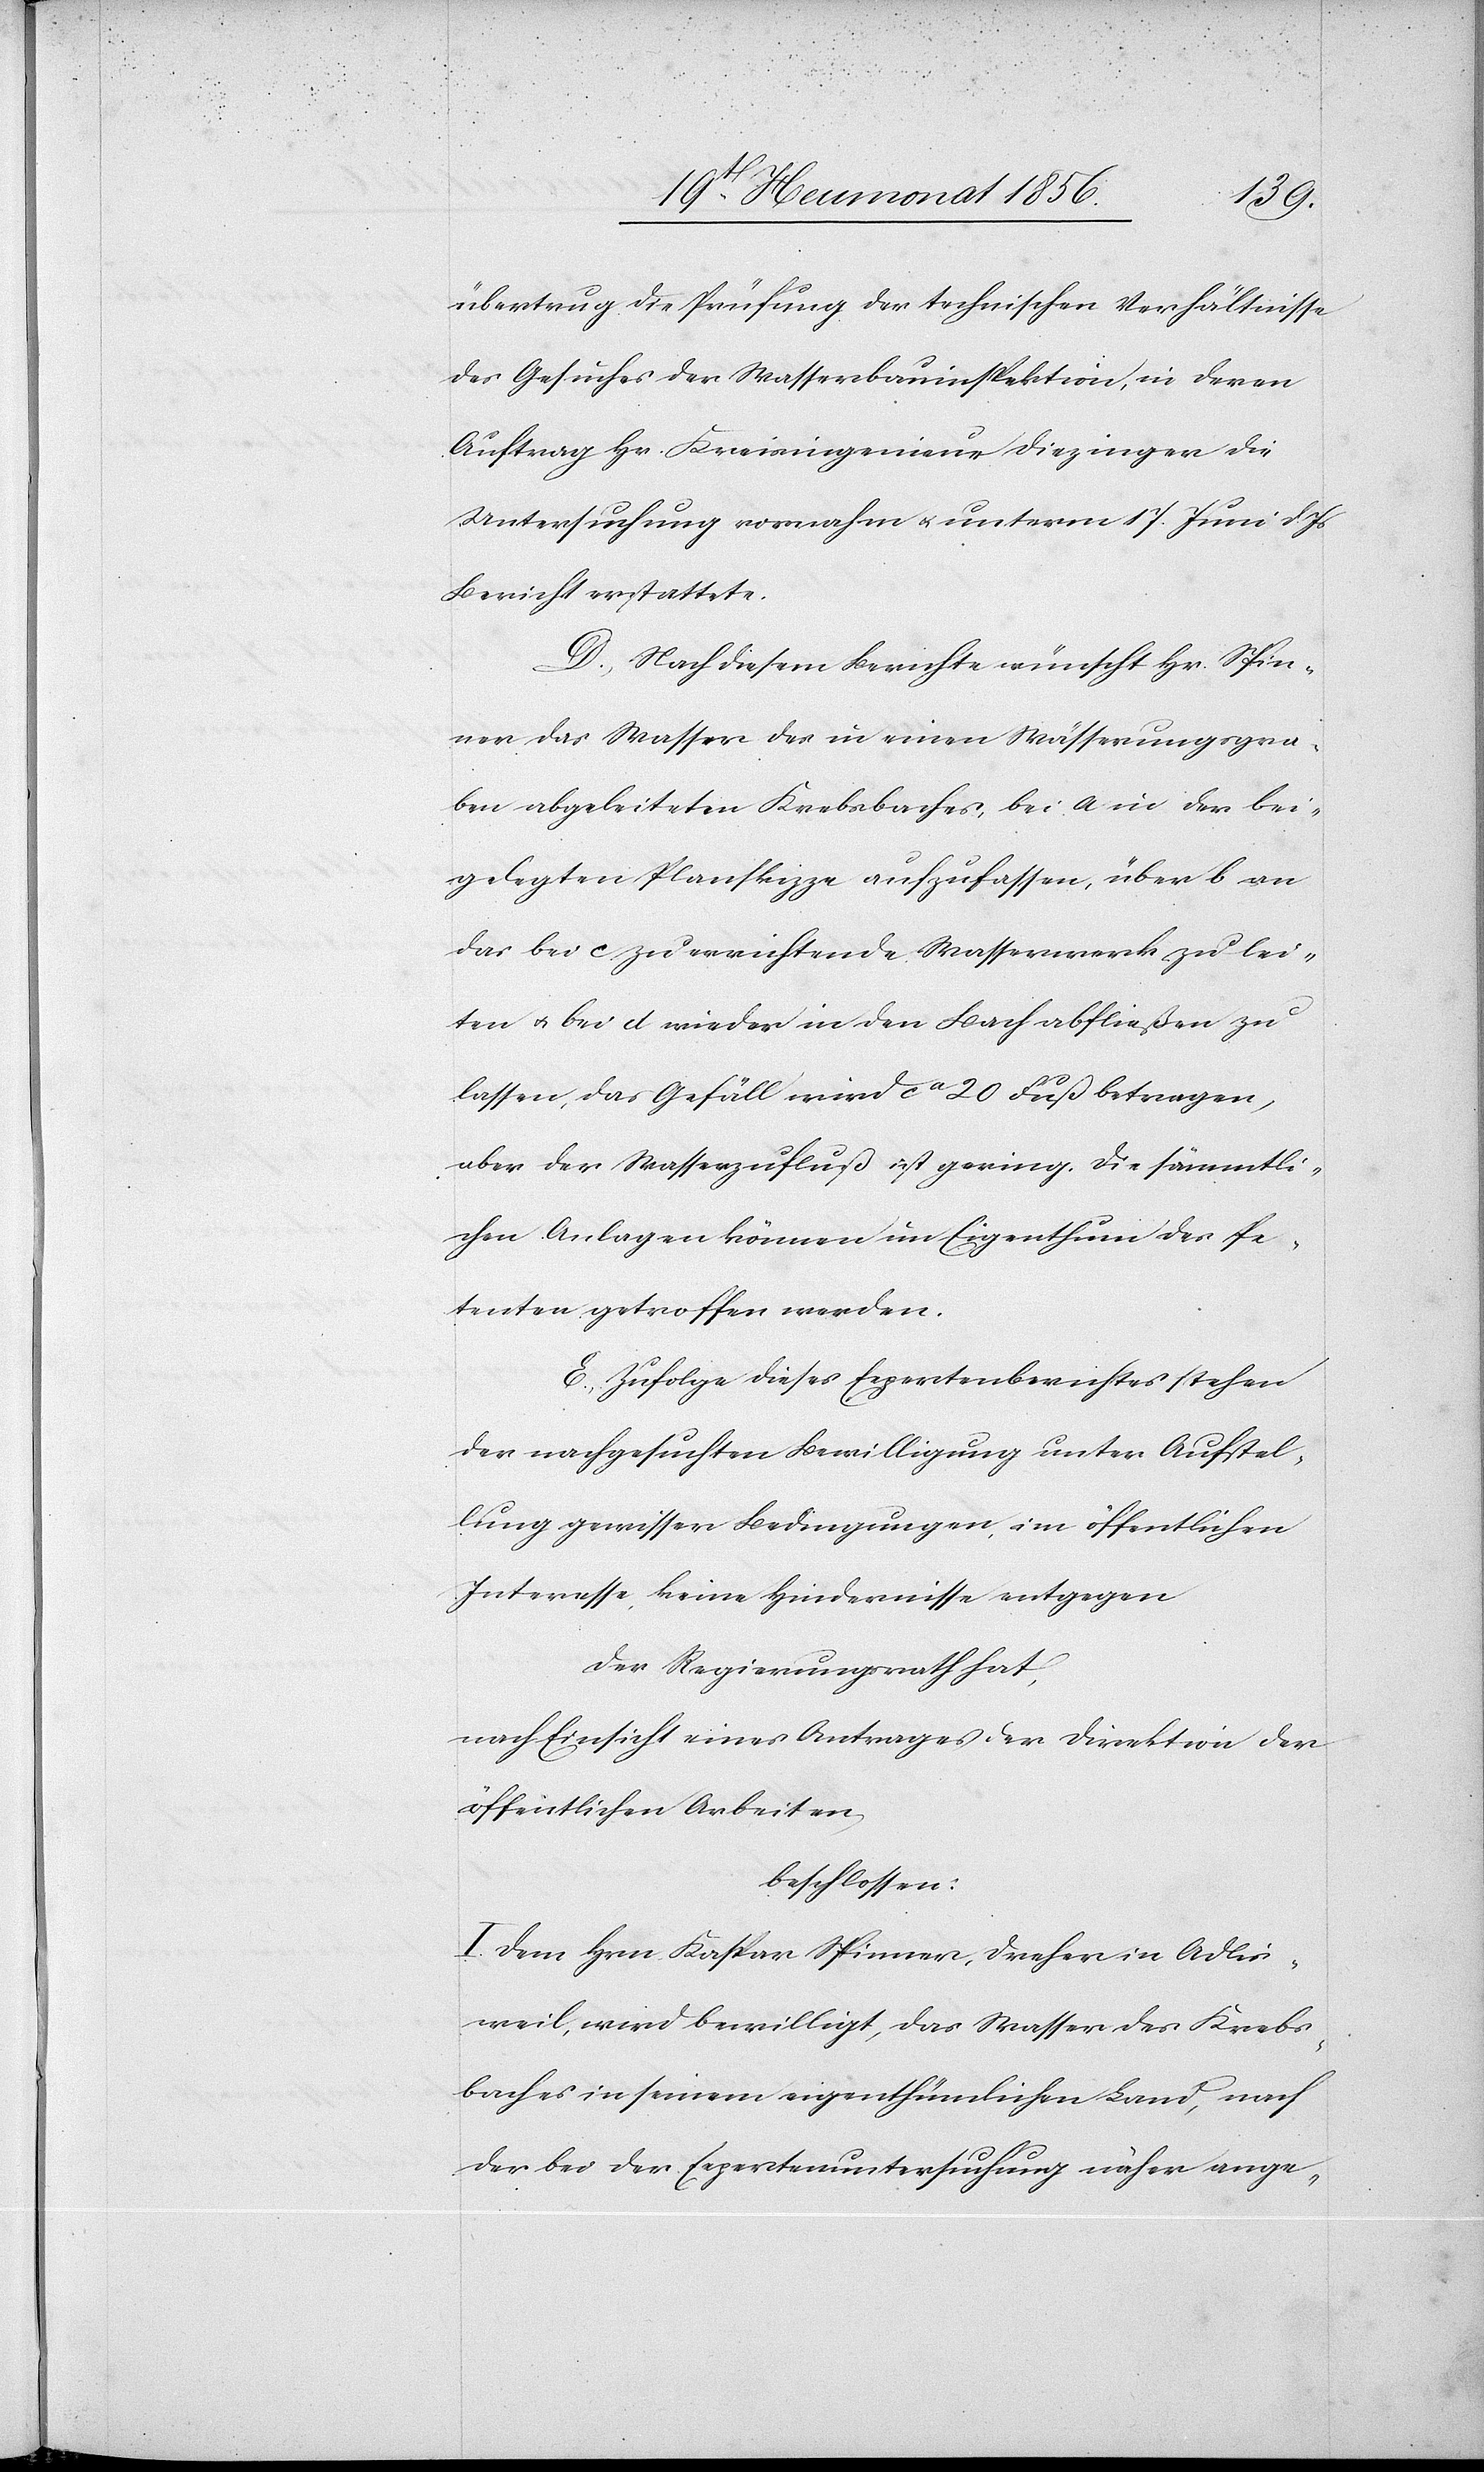
ichen
übertrug die Prüfung der technischen Verhältnisse
des Gesuches der Wasserbauinspektion, in deren
Auftrag Hr. Kreisingenieur Diezinger die
Untersuchung vornahm u. unterm 17. Juni d. Js
Bericht erstattete.
D. Nach diesem Berichte wünscht Hr. Spin¬
ner das Wasser des in einen Wässerungsgra¬
ben abgeleiteten Krebsbaches, bei a in der bei¬
gelegten Planskizze aufzufassen, über b an
das bei c zu errichtende Wasserwerk zu lei¬
ten u. bei d wieder in den Bach abfließen zu
lassen, das Gefäll wird ca 20 Fuß betragen,
aber der Wasserzufluß ist gering. Die sämmtli¬
chen Anlagen können im Eigenthum des Pe¬
tenten getroffen werden.
E. Zufolge dieses Expertenberichtes stehen
der nachgesuchten Bewilligung im öffentl¬
Interesse, keine Hindernisse entgegen[.]
Der Regierungsrath hat,
nach Einsicht eines Antrages der Direktion der
öffentlichen Arbeiten,
beschlossen:
I.) Dem Hrn Kaspar Spinner, Dreher in Adlis¬
weil, wird bewilligt, das Wasser des Krebs¬
baches in seinem eigenthümlichen Land, nach
der bei der Expertenuntersuchung näher ange-